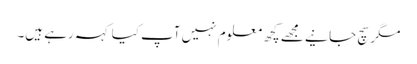
مگر سچ جانیے مجھے کچھ معلوم نہیں آپ کیا کہہ رہے ہیں۔